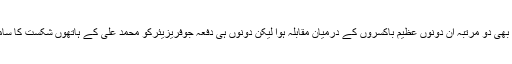
اس کے بعد بھی دو مرتبہ ان دونوں عظیم باکسروں کے درمیان مقابلہ ہوا لیکن دونوں ہی دفعہ جوفریزیئرکو محمد علی کے ہاتھوں شکست کا سامنا کرنا پڑا۔